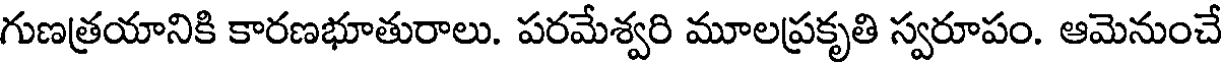
గుణత్రయానికి కారణభూతురాలు. పరమేశ్వరి మూలప్రకృతి స్వరూపం. ఆమెనుంచే